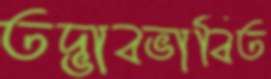
তদ্ভাবভাবিত